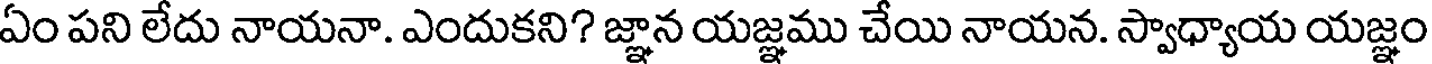
ఏం పని లేదు నాయనా. ఎందుకని? జ్ఞాన యజ్ఞము చేయి నాయన. స్వాధ్యాయ యజ్ఞం